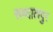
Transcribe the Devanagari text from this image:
सब्दालपुर